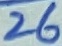
Text: 26